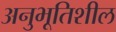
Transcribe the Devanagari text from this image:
अनुभूतिशील